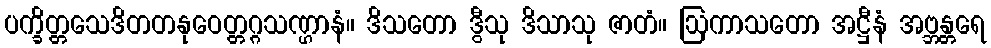
ပက္ခိတ္တသေဒိတတနုဝေတ္တဂ္ဂသဏ္ဌာနံ။ ဒိသတော ဒွီသု ဒိသာသု ဇာတံ။ ဩကာသတော အဋ္ဌီနံ အဗ္ဘန္တရေ